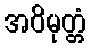
အဝိမုတ္တံ